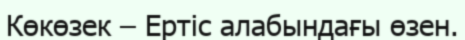
Көкөзек – Ертіс алабындағы өзен.